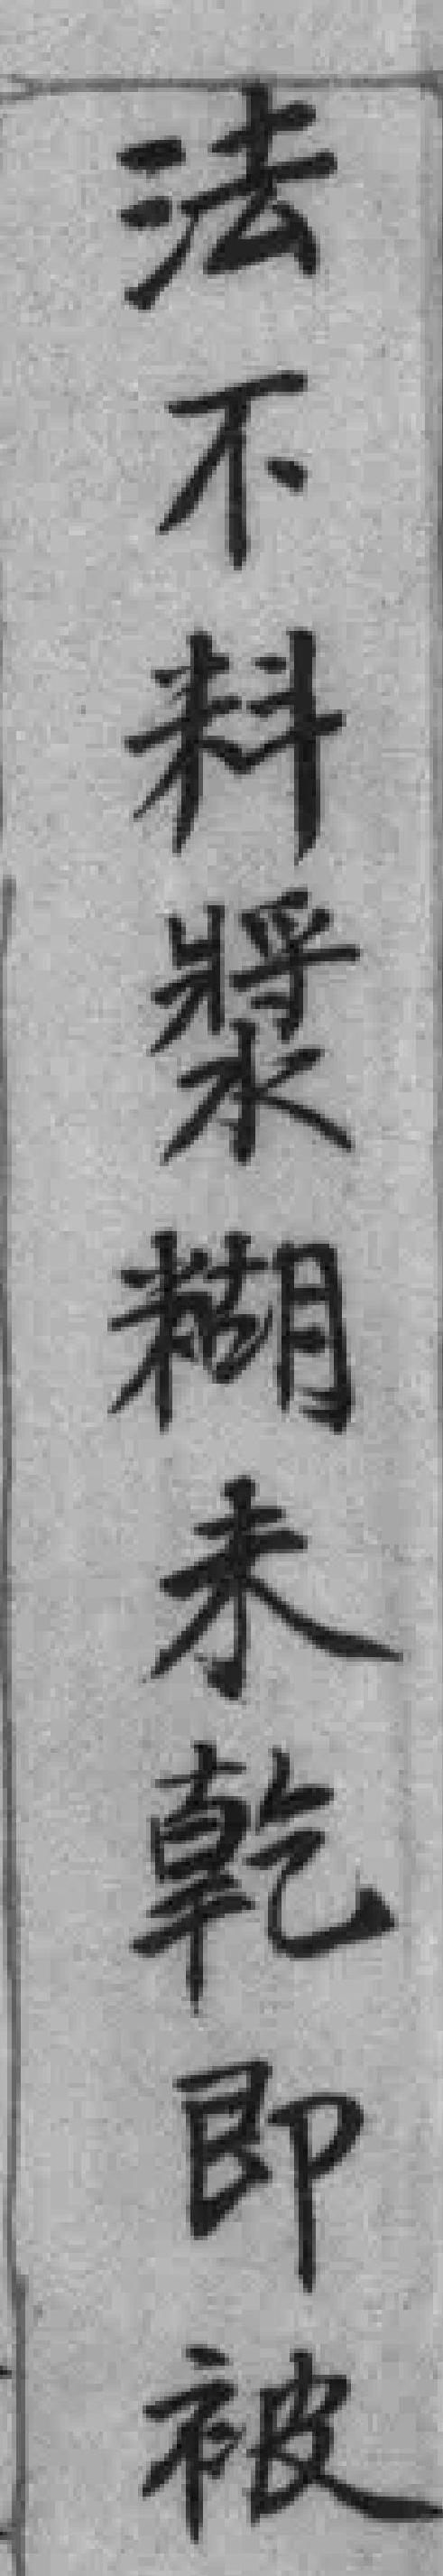
法不料漿糊未乾即被